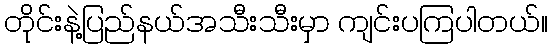
တိုင်းနဲ့ပြည်နယ်အသီးသီးမှာ ကျင်းပကြပါတယ်။